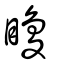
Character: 矎